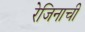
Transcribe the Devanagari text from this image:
रेजिनाची